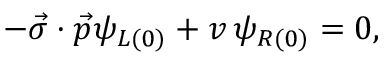
- \vec { \sigma } \cdot \vec { p } \psi _ { L ( 0 ) } + v \, \psi _ { R ( 0 ) } = 0 ,